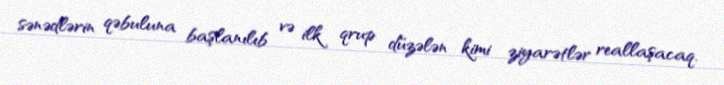
sənədlərin qəbuluna başlanılıb və ilk qrup düzələn kimi ziyarətlər reallaşacaq.